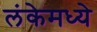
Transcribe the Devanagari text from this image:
लंकेमध्ये